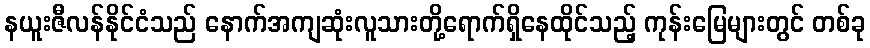
နယူးဇီလန်နိုင်ငံသည် နောက်အကျဆုံးလူသားတို့ရောက်ရှိနေထိုင်သည့် ကုန်းမြေများတွင် တစ်ခု